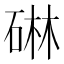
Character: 碄